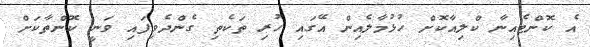
އެ ކޮންޓެއިނާ ކްލިއާކޮށް ހުޅުމާލެއިން އޭގައި ހުރި ތަކެތި ގެންދެވިފައި ވަނީ ކޮންތާކަށް